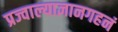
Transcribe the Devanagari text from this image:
प्रज्वाल्याज्ञानगहनं